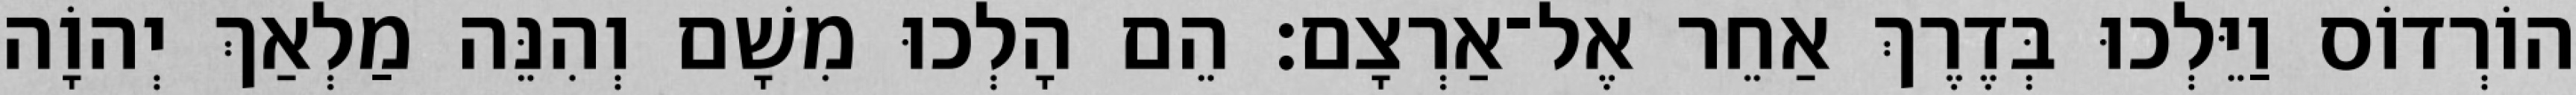
הוֹרְדוֹס וַיֵּלְכוּ בְּדֶרֶךְ אַחֵר אֶל־אַרְצָם׃ הֵם הָלְכוּ מִשָׁם וְהִנֵּה מַלְאַךְ יְהוָֹה